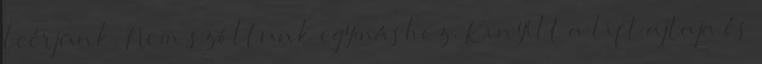
leérjünk. Nem szóltunk egymáshoz. Kinyílt a lift ajtaja és